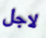
لاجل